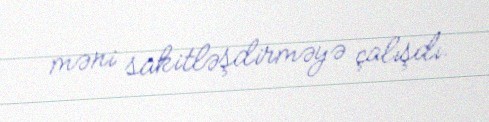
məni sakitləşdirməyə çalışdı.